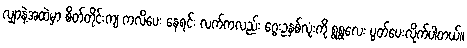
လျှာနဲ့အထဲမှာ စိတ်တိုင်းကျ ကလိပေး နေရင်း လက်ကလည်း ဂွေးဥနှစ်လုံးကို ရွရွလေး ပွတ်ပေးလိုက်ပါတယ်။